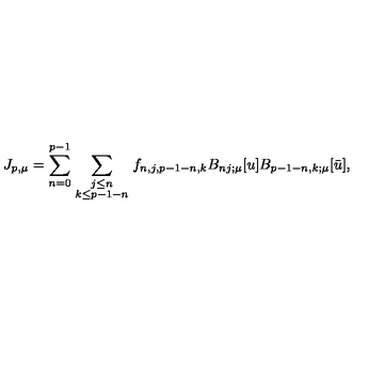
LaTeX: J _ { p , \mu } = \sum _ { n = 0 } ^ { p - 1 } \sum _ { { \scriptstyle j \le n } \atop { \scriptstyle k \le p - 1 - n } } f _ { n , j , p - 1 - n , k } B _ { n j ; \mu } [ u ] B _ { p - 1 - n , k ; \mu } [ \bar { u } ] ,